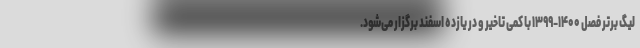
لیگ برتر فصل ۱۴۰۰-۱۳۹۹ با کمی تاخیر و در یازده اسفند برگزار می‌شود.